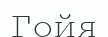
Гойя